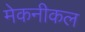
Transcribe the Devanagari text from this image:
मेकनीकल